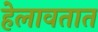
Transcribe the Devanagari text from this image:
हेलावतात